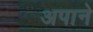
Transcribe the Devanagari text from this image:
अपाने